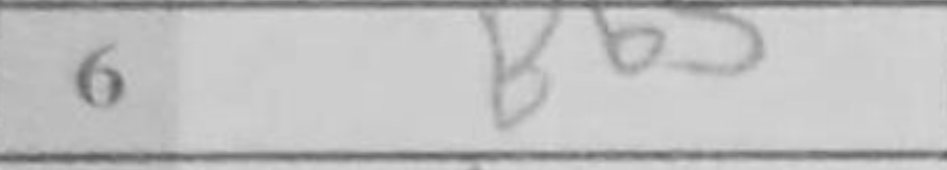
Transcription: Bb5